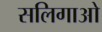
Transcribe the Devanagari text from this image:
सलिगाओ